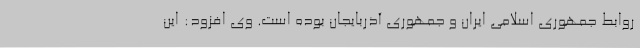
روابط جمهوری اسلامی ایران و جمهوری آذربایجان بوده است. وی افزود: این